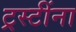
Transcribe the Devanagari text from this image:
ट्रस्टींना